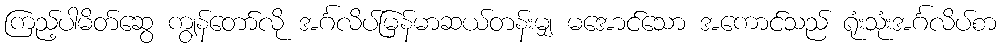
ကြည့်ပါမိတ်ဆွေ ကျွန်တော်လို အင်္ဂလိပ်မြန်မာဆယ်တန်းမျှ မအောင်သော အကောင်သည် ရုံးသုံးအင်္ဂလိပ်စာ